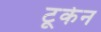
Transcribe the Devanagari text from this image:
टूकेन